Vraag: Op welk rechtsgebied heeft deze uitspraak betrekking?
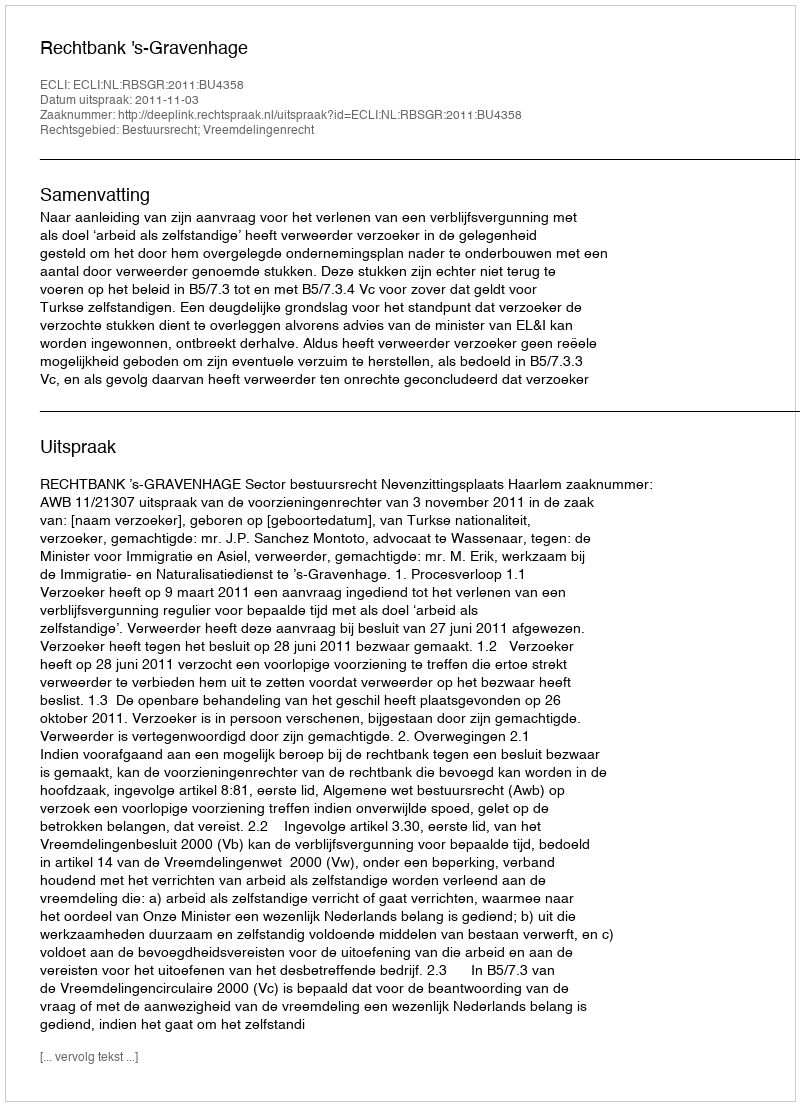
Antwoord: Bestuursrecht; Vreemdelingenrecht